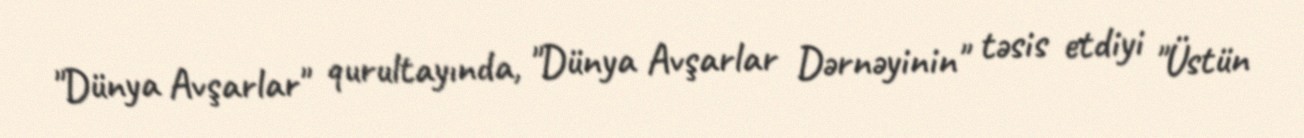
"Dünya Avşarlar" qurultayında, "Dünya Avşarlar Dərnəyinin" təsis etdiyi "Üstün